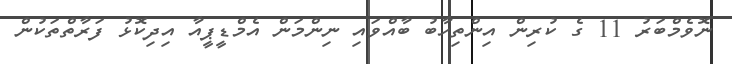
ނޮވެމްބަރު 11 ގެ ކުރިން އިންތިހާބު ބާއްވައި ނިންމަން އެމްޑީޕީއާ އިދިކޮޅު ފަރާތްތަކުން